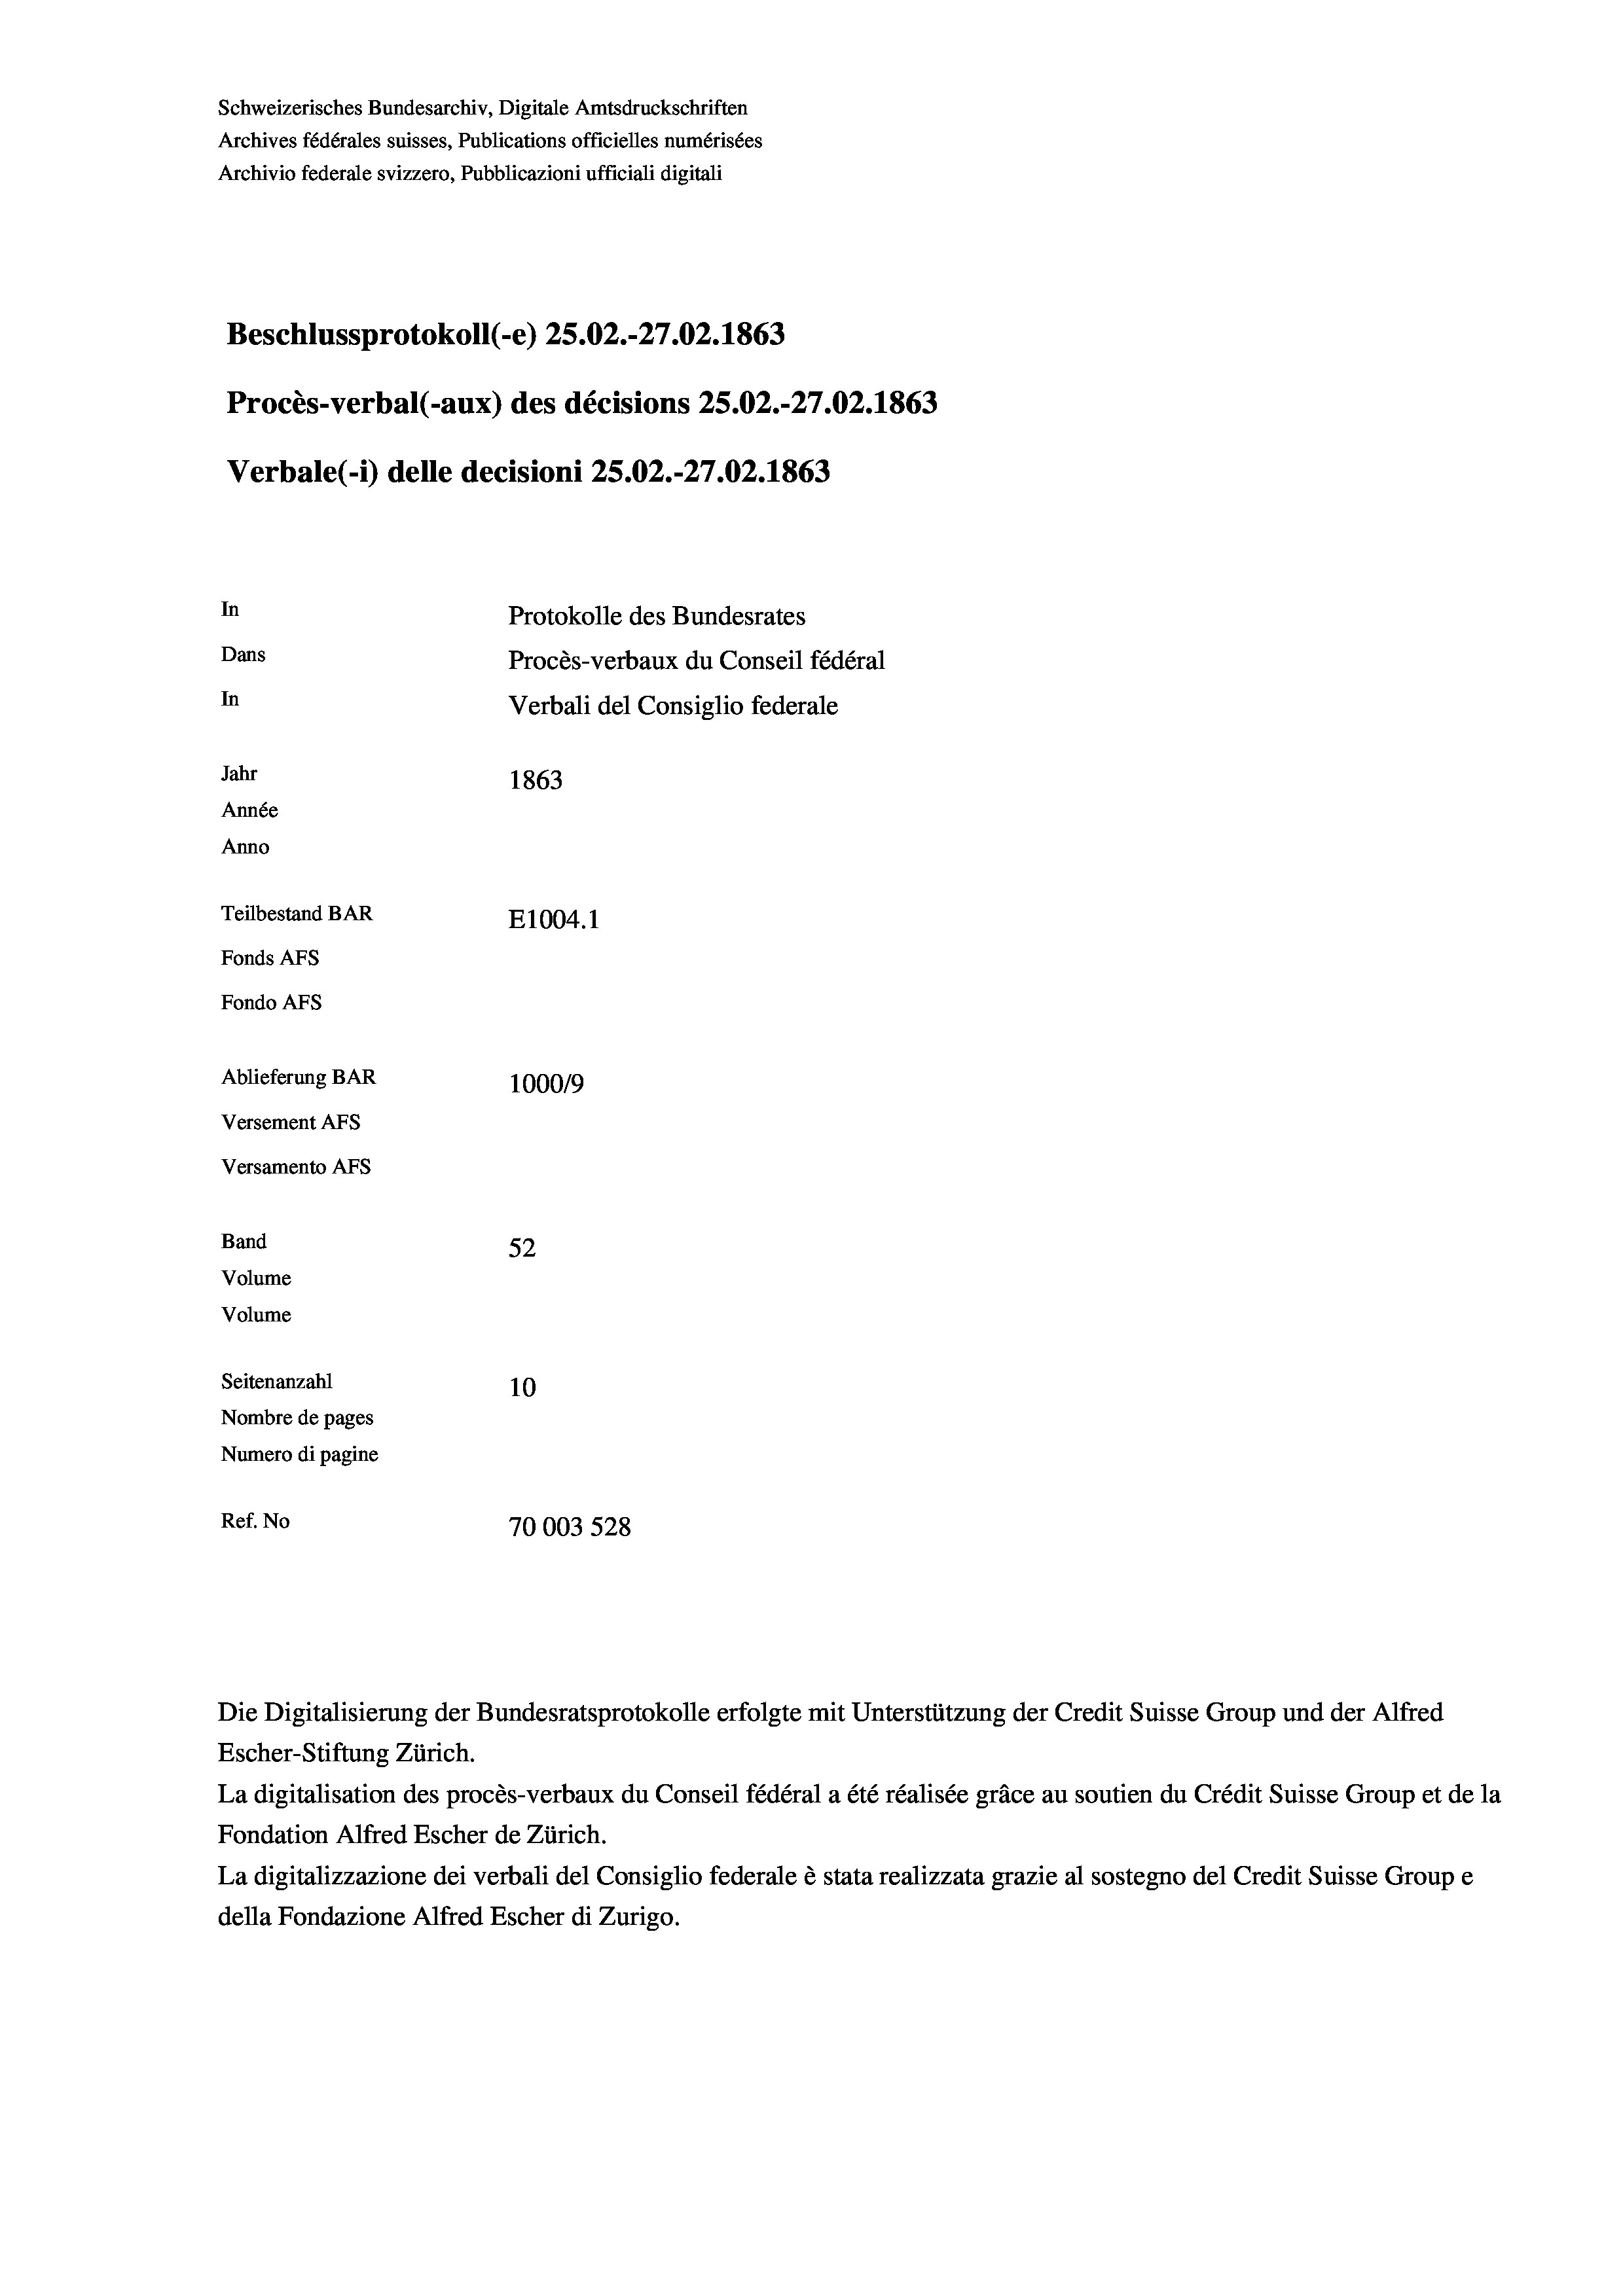
Beschlussprotokoll (-e) 25.02.-27.02. 1863
Procès-verbal (-aux) des décisions 25.02.-27.02. 1863
Verbale (- 1) delle decisioni 25.02.-27.02. 1863
In
Protokolle des Bundesrates
Dans
Procès-verbaux du Conseil fédéral
In
Verbali del Consiglio federale
Jahr
1863
Année
Anno
Teilbestand BAR
E1004.1
Fonds AFs
Fondo AFS
Ablieferung BAR
100019
Versement AFs
Versamento AFs

Band
Volume
Volume

Schweizerisches Bundesarchiv, Digitale Amtsdruckschriften
Archives fédérales suisses, Publications officielles numérisées
Archivio federale svizzero, Pubblicazioni ufficiali digitali

52
Seitenanzahl
10
Nombre de pages
Numero di pagine
Ref. No
70003 528

Escher-Stiftung Zürich.
La digitalisation des procès-verbaux du Conseil fédéral a été réalisée gräce au soutien du Crédit Suisse Group et de la
Fondation Alfred Escher de Zürich.
La digitalizzazione dei verbali del Consiglio federale è stata realizzata grazie al sostegno del Credit Suisse Groupe
della Fondazione Alfred Escher di Zurigo.

Die Digitalisierung der Bundesratsprotokolle erfolgte mit Unterstützung der Credit Suisse Group und der Alfred